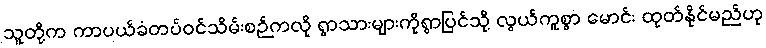
သူတို့က ကာပယ်ခံတပ်ဝင်သိမ်းစဉ်ကလို ရွာသားများကိုရွာပြင်သို့ လွယ်ကူစွာ မောင်း ထုတ်နိုင်မည်ဟု